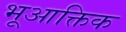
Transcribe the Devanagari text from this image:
भूआक्तिक